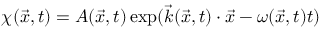
\chi ( \vec { x } , t ) = A ( \vec { x } , t ) \exp ( \vec { k } ( \vec { x } , t ) \cdot \vec { x } - \omega ( \vec { x } , t ) t )